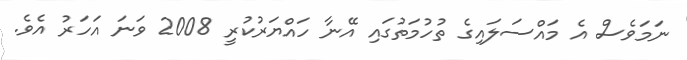
ނަމަވެސް އެ މައްސަލައިގެ ތުހުމަތުގައި އޭނާ ހައްޔަރުކުރީ 2008 ވަނަ އަހަރު އެވެ.